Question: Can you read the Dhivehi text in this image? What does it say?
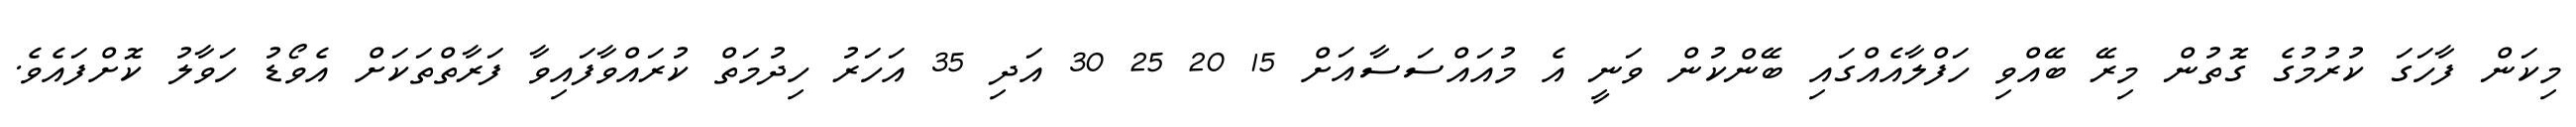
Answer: މިކަން ފާހަގަ ކުރުމުގެ ގޮތުން މިރޭ ބޭއްވި ހަފްލާއެއްގައި ބޭންކުން ވަނީ އެ މުއައްސަސާއަށް 15 20 25 30 އަދި 35 އަހަރު ހިދުމަތް ކުރައްވާފައިވާ ފަރާތްތަކަށް އެވޯޑު ހަވާލު ކޮށްފައެވެ.